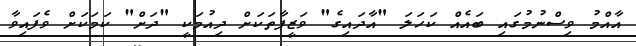
އާއްމު ވިސްނުމުގައި ބައެއް ކަހަލަ "އާދައިގެ" ވަޒީފާތަކަށް ދިއުމަކީ "ދަށް" ކަމަކަށް ވެފައިވާ